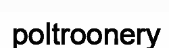
poltroonery